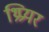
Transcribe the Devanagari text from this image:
थ्रिप्रयर